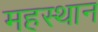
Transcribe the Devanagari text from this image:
महस्थान